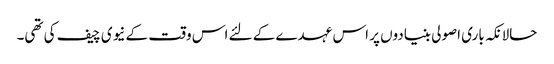
حالانکہ باری اصولی بنیادوں پر اس عہدے کے لئے اس وقت کے نیوی چیف کی تھی۔